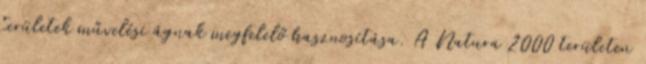
területek művelési ágnak megfelelő hasznosítása. A Natura 2000 területen